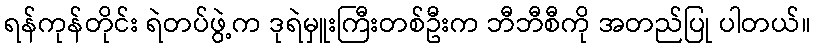
ရန်ကုန်တိုင်း ရဲတပ်ဖွဲ့က ဒုရဲမှူးကြီးတစ်ဦးက ဘီဘီစီကို အတည်ပြု ပါတယ်။